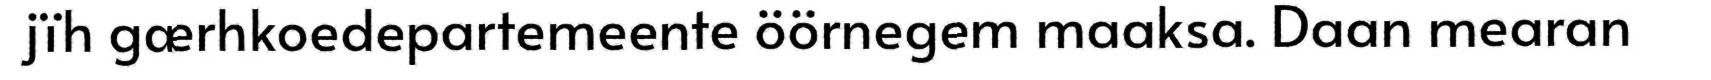
jïh gærhkoedepartemeente öörnegem maaksa. Daan mearan